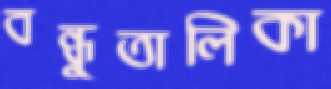
বন্ধুতালিকা